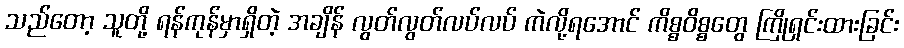
သည်တော့ သူတို့ ရန်ကုန်မှာရှိတဲ့ အချိန် လွတ်လွတ်လပ်လပ် ကဲလို့ရအောင် ကိစ္စဝိစ္စတွေ ကြိုရှင်းထားခြင်း